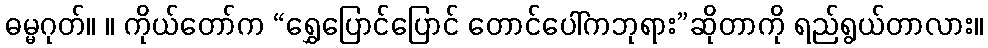
ဓမ္မဂုတ်။ ။ ကိုယ်တော်က “ရွှေပြောင်ပြောင် တောင်ပေါ်ကဘုရား”ဆိုတာကို ရည်ရွယ်တာလား။